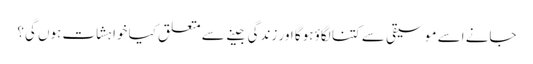
جانے اسے موسیقی سے کتنا لگاؤ ہوگا اور زندگی جینے سے متعلق کیا خواہشات ہوں گی؟